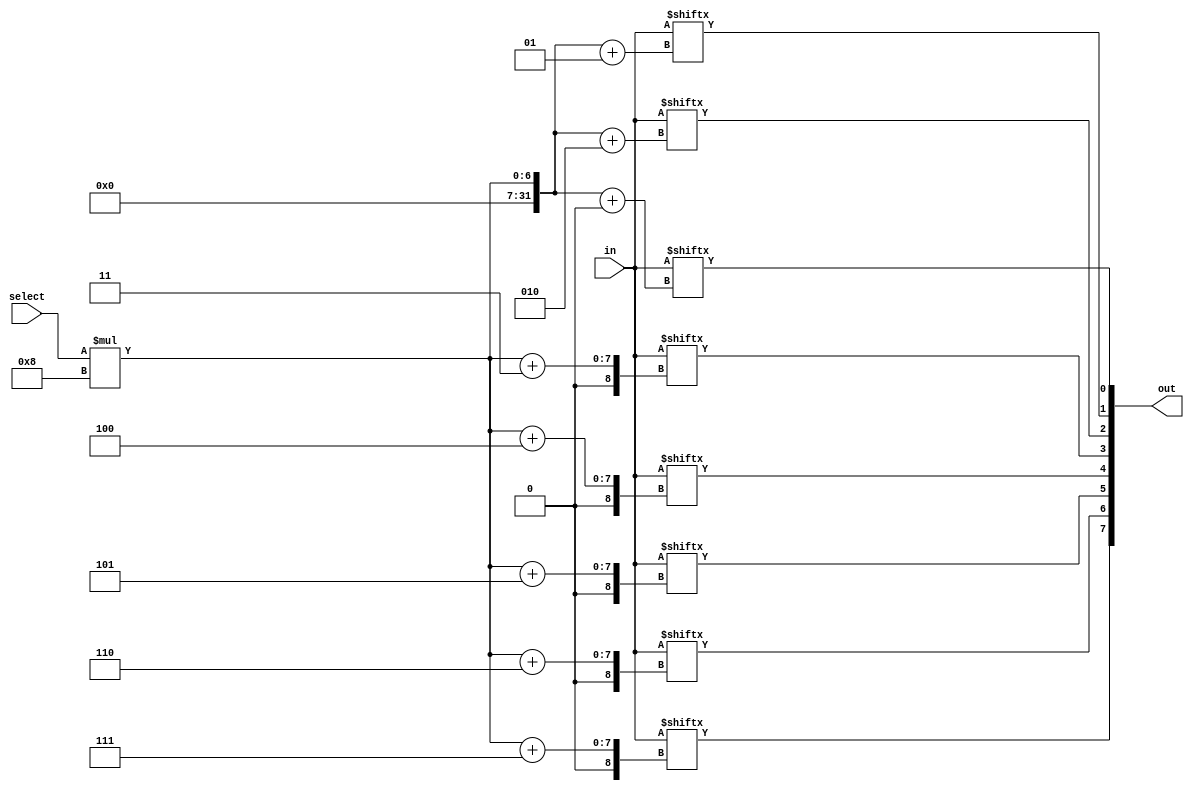
module mux_mod(in, out, select);
parameter size=8;
parameter n=3;													// 3 bits

input [n-1:0] select;										//	3 bit selection
input [(size*(2**n))-1:0] in;								//	input is one large array. The length is size*2^n==number of bits in each input*number inputs to select from
output [size-1:0] out;



integer select_pointer;										//	auto conversion from binary to int
always @( select )
    select_pointer = select;
	 

genvar j;
generate
	for(j=0; j<size; j=j+1) begin:muxblock
		assign out[j]=in[select_pointer*size+j];
	end
endgenerate


endmodule